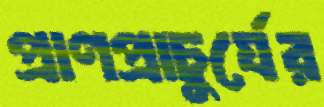
প্রাণপ্রাচুর্যের